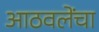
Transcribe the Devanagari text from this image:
आठवलेंचा